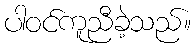
ပါဝင်ကူညီခဲ့သည်။